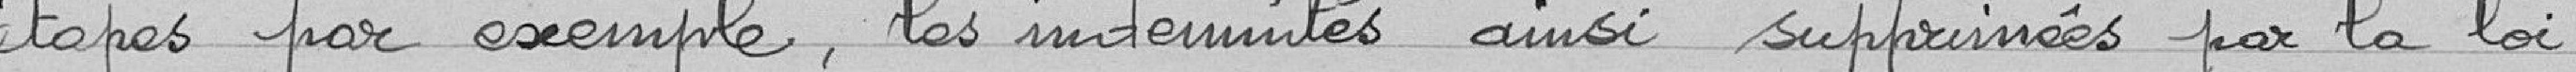
étapes par exemple, les indemnités ainsi supprimées par la loi.